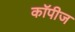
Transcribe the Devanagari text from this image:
कॉपीज